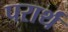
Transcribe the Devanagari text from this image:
परार्थं